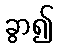
ခွာ၍